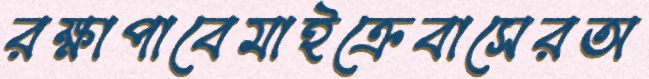
রক্ষাপাবেমাইক্রেবাসেরঅ